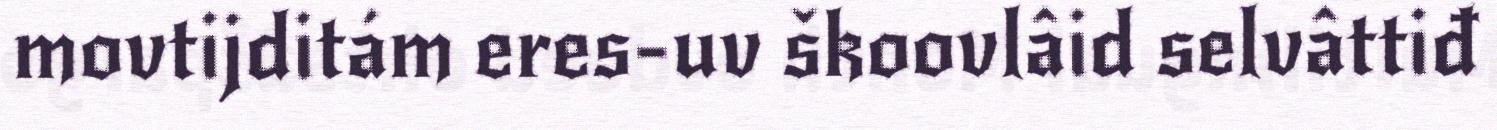
movtijditám eres-uv škoovlâid selvâttiđ